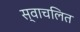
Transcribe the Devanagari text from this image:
स्वाचलित